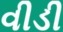
વીડી